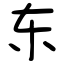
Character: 东